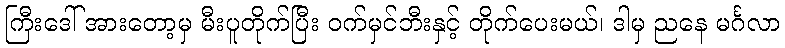
ကြီးဒေါ် အားတော့မှ မီးပူတိုက်ပြီး ဝက်မှင်ဘီးနှင့် တိုက်ပေးမယ်၊ ဒါမှ ညနေ မင်္ဂလာ